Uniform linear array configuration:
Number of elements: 32
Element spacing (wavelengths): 0.25
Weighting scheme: hann
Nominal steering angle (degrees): -45
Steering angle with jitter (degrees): -46.207
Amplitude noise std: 0.05
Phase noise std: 0.05

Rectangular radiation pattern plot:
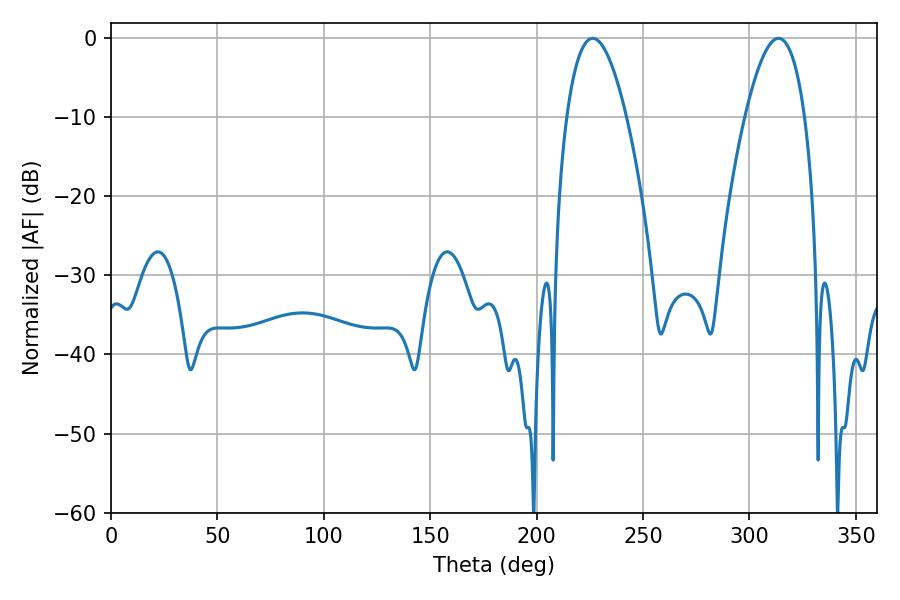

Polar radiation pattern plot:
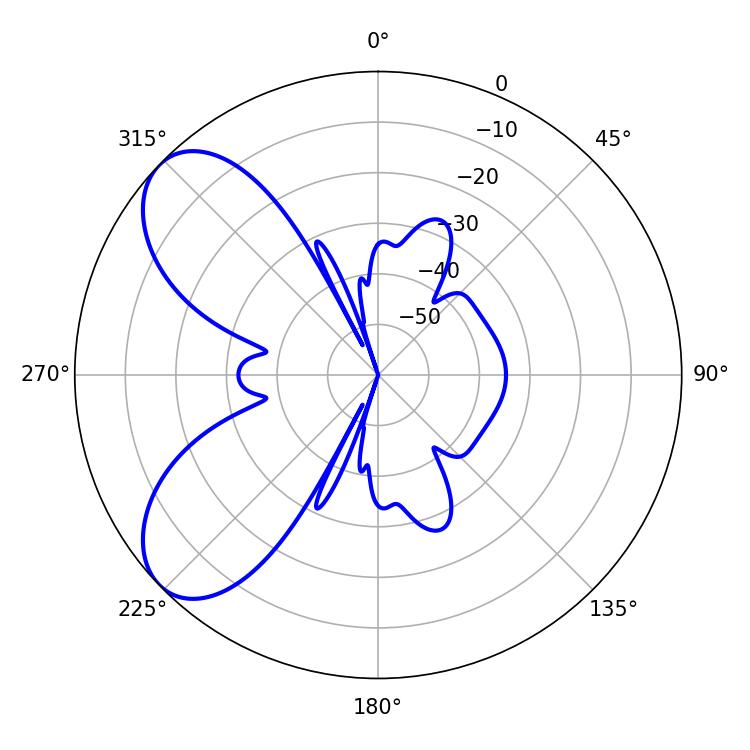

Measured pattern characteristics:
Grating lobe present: FALSE
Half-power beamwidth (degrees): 15.3
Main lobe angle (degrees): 226.26